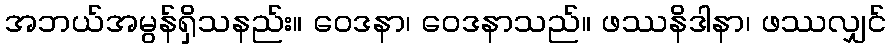
အဘယ်အမွန်ရှိသနည်း။ ဝေဒနာ၊ ဝေဒနာသည်။ ဖဿနိဒါနာ၊ ဖဿလျှင်